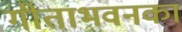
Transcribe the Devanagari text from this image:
गीताभवनका